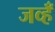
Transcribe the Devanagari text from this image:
जव्हँ